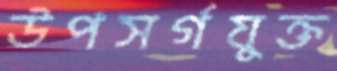
উপসর্গযুক্ত